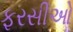
ફરસીઓ